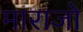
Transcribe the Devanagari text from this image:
माराजो